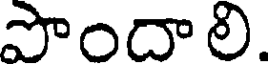
పొందా లి.